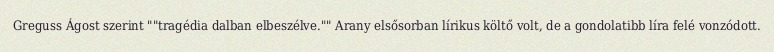
Greguss Ágost szerint ""tragédia dalban elbeszélve."" Arany elsősorban lírikus költő volt, de a gondolatibb líra felé vonzódott.